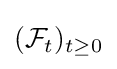
({\mathcal {F}}_{t})_{t\geq 0}